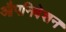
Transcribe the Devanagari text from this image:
औपनिवेशन